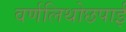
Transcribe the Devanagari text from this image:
वर्णलिथोछपाई